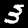
Digit: 3